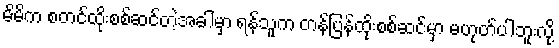
မိမိက စတင်ထိုးစစ်ဆင်တဲ့အခါမှာ ရန်သူက တန်ပြန်ထိုးစစ်ဆင်မှာ မဟုတ်ပါဘူးလို့